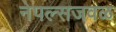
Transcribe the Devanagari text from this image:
नेपल्सजवळ